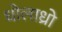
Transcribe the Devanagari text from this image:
धोलाध्रो